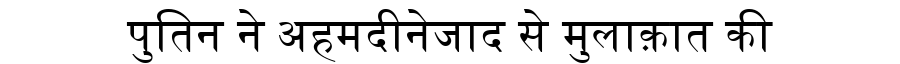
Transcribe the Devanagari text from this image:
पुतिन ने अहमदीनेजाद से मुलाक़ात की